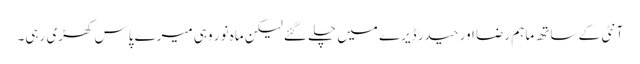
آنٹی کے ساتھ ماہم رضا اور حیدر ڈیرے میں چلے گئے لیکن ماہ نور وہی میرے پاس کھڑی رہی۔